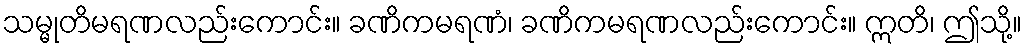
သမ္မုတိမရဏလည်းကောင်း။ ခဏိကမရဏံ၊ ခဏိကမရဏလည်းကောင်း။ ဣတိ၊ ဤသို့။